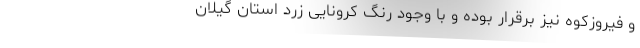
و فیروزکوه نیز برقرار بوده و با وجود رنگ کرونایی زرد استان گیلان